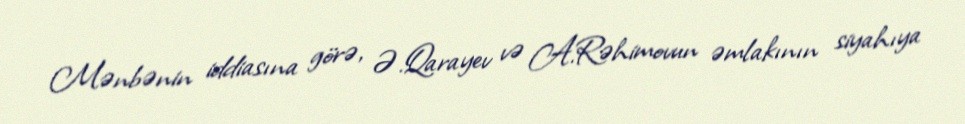
Mənbənin iddiasına görə, Ə.Qarayev və A.Rəhimovun əmlakının siyahıya